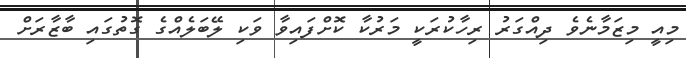
މިއީ މިޒަމާނެވެ ދިއްގަރު ރިހާކުރަކީ މަރުކާ ކޮށްފައިވާ ވަކި ލޭބަލެއްގެ ގޮތުގައި ބާޒާރަށް